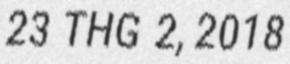
23 THG 2, 2018